Report on horse surra - Volume I
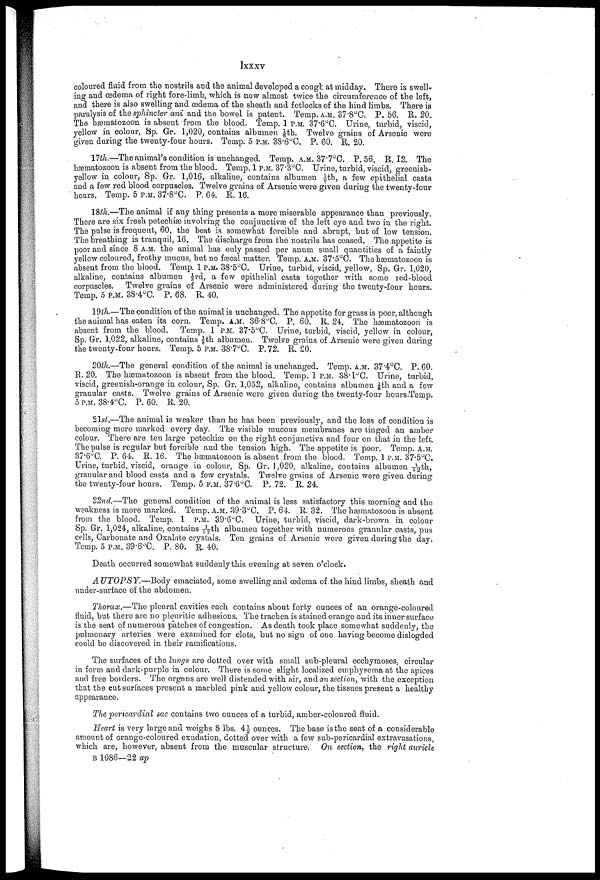
lxxxv
coloured fluid from the nostrils and the animal developed a cough at midday. There is swell
ing and oedema of right fore-limb, which is now almost twice the circumference of the left,
and there is also swelling and oedema of the sheath and fetlocks of the hind limbs. There is
paralysis of the sphincter ani and the bowel is patent. Temp. A.M. 37.8°C. P. 56. R. 20.
The hæmatozoon is absent from the blood. Temp. 1 P.M. 3706°C. Urine, turbid, viscid,
yellow in colour, Bp. Gr. 1,020, contains albumen -1/6th. Twelve grains of Arsenic were
given during the twenty-four hours. Temp. 5 P.M. 38.6°C. P. 60. R. 20.
nth.— The animal's condition is unchanged. Temp. A.M. 37.7°C. P. 56. R. 12. The
hæmatozoon is absent from the blood. Temp. 1 P.M. 37.3°C. Urine, turbid, viscid, greenish-
yellow in colour, Sp. Gr. 1,016, alkaline, contains albumen 1/9th, a few epithelial casts
and a few red blood corpuscles. Twelve grains of Arsenic were given during the twenty-four
hours. Temp. 5 P.M. 37.8°C. P. 64. R. 16.
18th.—The animal if any thing presents a more miserable appearance than previously.
There are six fresh petechias involving the conjunctivæ of the left eye and two in the right.
The pulse is frequent, 60, the beat is somewhat forcible and abrupt, but of low tension.
The breathing is tranquil, 16. The discharge from the nostrils has ceased. The appetite is
poor and since 8 A.M. the animal has only passed per anum small quantities of a faintly
yellow coloured, frothy mucus, but no faecal matter. Temp. A.M. 37.5°C. The hæmatozoon is
absent from the blood. Temp. 1 P.M. 38.5°C. Urine, turbid, viscid, yellow, Sp. Gr. 1,020,
alkaline, contains albumen ⅓rd, a few epithelial casts together with some red-blood
corpuscles. Twelve grains of Arsenic were administered during the twenty-four hours.
Temp. 5 P.M. 38.4°C. P. 68. R. 40.
19lh.—The condition of the animal is unchanged. The appetite for grass is poor, although
the animal has eaten its corn. Temp. A.M. 36.8°C. P. 60. R. 24. The hæmatozoon is
absent from the blood. Temp. 1 P.M. 37.5°C. Urine, turbid, viscid, yellow in colour,
Sp. Gr. 1,022, alkaline, contains ⅛th albumen. Twelve grains of Arsenic were given during
the twenty-four hours. Temp. 5 P.M. 38.7°C. P. 72. R. 20.
20th.—The general condition of the animal is unchanged. Temp. A.M. 37.4°C. P. 60.
R. 20. The hæmatozoon is absent from the blood. Temp. 1 P.M. 38.l°C. Urine, turbid,
viscid, greenish-orange in colour, Sp. Gr. 1,052, alkaline, contains albumen 1/6th and a few
granular casts. Twelve grains of Arsenic were given during the twenty-four hours.Temp.
5 P.M. 38.4°C. P. 60. R. 20.
21st.—The animal is weaker than he has been previously, and the loss of condition is
becoming more marked every day. The visible mucous membranes are tinged an amber
colour. There are ten large petechiæ on the right conjunctiva and four on that in the left.
The pulse is regular but forcible and the tension high. The appetite is poor. Temp. A.M.
37.6°C. P. 64. R. 16. The hæmatozoon is absent from the blood. Temp. 1 P.M. 37.5°C.
Urine, turbid, viscid, orange in colour, Sp. Gr. 1,020, alkaline, contains albumen 1/12th,
granular and blood casts and a few crystals. Twelve grains of Arsenic were given during
the twenty-four hours. Temp. 5 P.M. 37.6°C. P. 72. R. 24.
22nd.—The general condition of the animal is less satisfactory this morning and the
weakness is more marked. Temp. A.M. 39.3°C. P. 64. R. 32. The hæmatozoon is absent
from the blood. Temp. 1 P.M. 39.6°C. Urine, turbid, viscid, dark-brown in colour
Sp. Gr. 1,024, alkaline, contains 1/12th albumen together with numerous granular casts, pus
cells, Carbonate and Oxalate crystals. Ten grains of Arsenic were given during the day.
Temp. 5 P.M. 89.6°C. P. 80. R. 40.
Death occurred somewhat suddenly this evening at seven o'clock.
AUTOPSY.—Body
emaciated, some swelling and oedema of the hind limbs, sheath and
under-surface of the abdomen.
Thorax.—The pleural cavities each contains about forty ounces of an orange-coloured
fluid, but there are no pleuritic adhesions. The trachea is stained orange and its inner surface
is the seat of numerous patches of congestion. As death took place somewhat suddenly, the
pulmonary arteries were examined for clots, but no sign of one having become dislogded
could be discovered in their ramifications.
The surfaces of the lungs are dotted over with small sub-pleural ecchymoses circular
in form and dark-purple in colour. There is some slight localized emphysema at the apices
and free borders. The organs are well distended with air, and on section, with the exception
that the cut surfaces present a marbled pink and yellow colour, the tissues present a healthy
appearance.
The pericardial sac contains two ounces of a turbid, amber-coloured fluid.
Heart is very large and weighs 8 lbs. 4½ ounces. The base is the seat of a considerable
amount of orange-coloured exudation, dotted over with a few sub-pericardial extravasations,
which are, however, absent from the muscular structure. On section, the right auricle
B 1086—22 ap